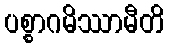
ပစ္စာဂမိဿာမီတိ